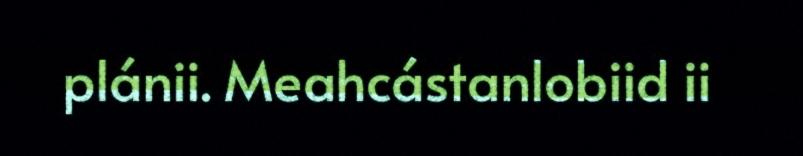
plánii. Meahcástanlobiid ii